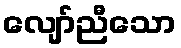
လျော်ညီသော